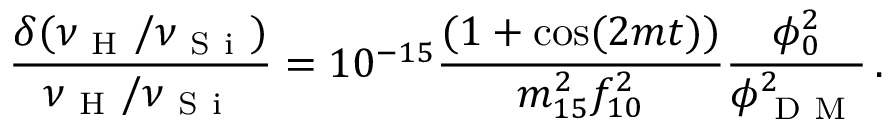
\frac { \delta ( \nu _ { \mathrm { ~ H ~ } } / \nu _ { \mathrm { ~ S ~ i ~ } } ) } { \nu _ { \mathrm { ~ H ~ } } / \nu _ { \mathrm { ~ S ~ i ~ } } } = 1 0 ^ { - 1 5 } \frac { ( 1 + \cos ( 2 m t ) ) } { m _ { 1 5 } ^ { 2 } f _ { 1 0 } ^ { 2 } } \frac { \phi _ { 0 } ^ { 2 } } { \phi _ { \mathrm { ~ D ~ M ~ } } ^ { 2 } } \, .